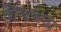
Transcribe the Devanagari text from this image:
विश्वेश्रवा